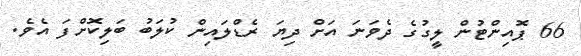
66 ޕޮއިންޓުން ލީގުގެ ދެވަނަ އަށް ދިޔަ ރެޑްލައިން ކުލަބު ބަލިކޮށްފަ އެވެ.